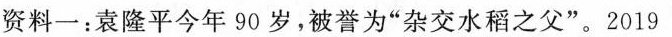
资料一：袁隆平今年90岁，被誉为”杂交水稻之父”。2019